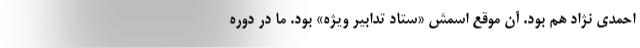
احمدی نژاد هم بود. آن موقع اسمش «ستاد تدابیر ویژه» بود. ما در دوره